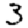
Digit: 3